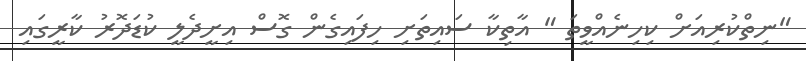
"ނިތްކުރިއަށް ކިހިނެއްވީތަ " އާތިކާ ސައިތަށި ހިފައިގެން ގޮސް އިށީދެލީ ކުޑަދޮރު ކާރީގައި